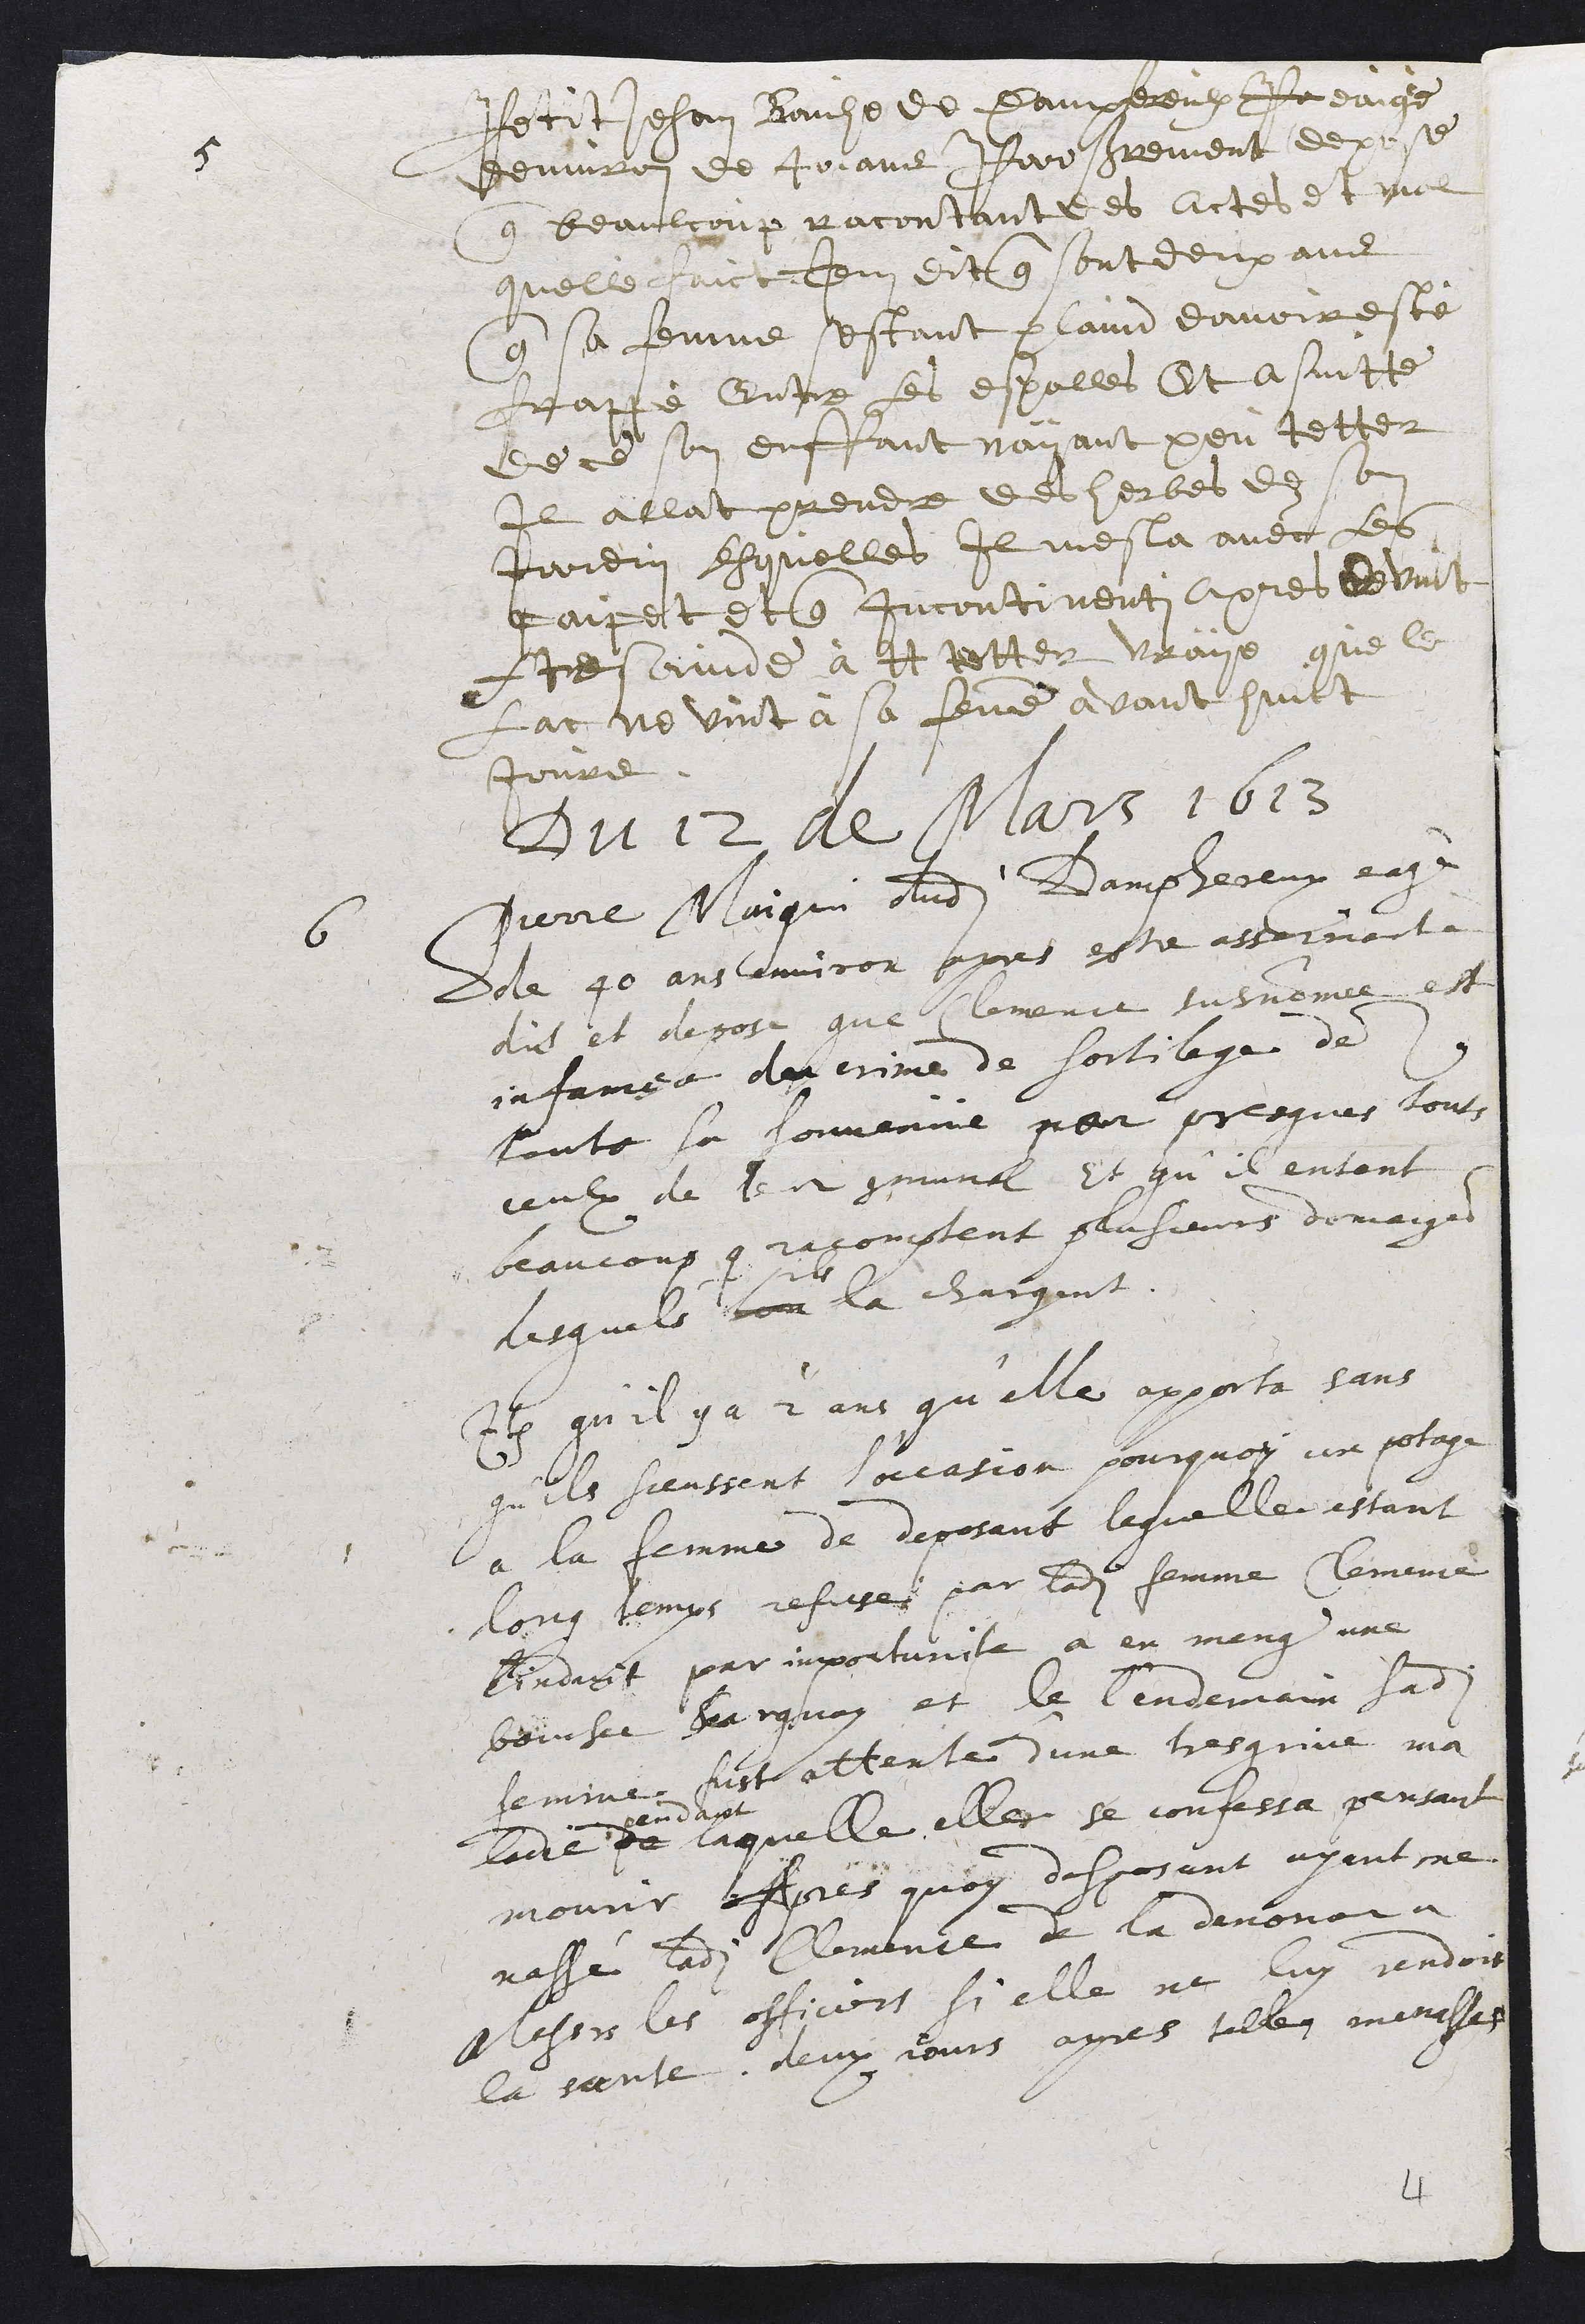
5 Petit Jehan Bouche de Dampfereulx P eaigè
denviron de 40 ans Par serrement depose
que beaulcoup racontant des actes et mal
quelle faict Item dit que sont deux ans
que sa femme sestant plaind davoir esté
frappè Entre les espalles Et asuitte
de ce son enffant nayant peu tetter
Il allat prendre des herbes de son
Jardin lesquelles il mesla avec les
paipet et que incontinent apres devint
f tres avide à tt tetter vraye que le
Lac ne vint a sa femme avant huict
jours
Du 12 de Mars 1613
6 Pierre Maigin dudit Damphereux eagé
de 40 ans environ apres estre assermenté
dit et depose que Clemence susnommee est
infamée du crime de sortilege dez
toute sa souvenue par presques touts
ceulx de leur communal, Et qu’il entent
beaucoup que recomptent plusieurs domaiges
lesquels lon
ils
la chargent.
Item qu’il y à 2 ans qu’elle apporta sans
qu’ils sceussent l'occasion pourquoy un potage
a la femme de deposant lequelle estant
long temps refuse par ladite femme Clemence
linduit par importunite a en meng une
bouchee Surquoy et le lendemain ladite
femme fust attente d’une tres grive ma
ladie de
pendant
laquelle elle se confessa pensant
mourir Apres quoy desposant ayant me
nassé ladite Clemence de la denoncer a
Messieurs les officiers si elle ne luy rendoit
la sante deux jours apres telles menasses